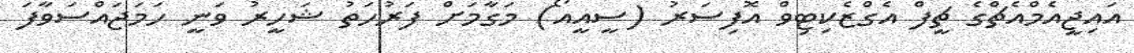
އައިޖީއެމްއެޗްގެ ޗީފް އެގްޒެކިޓިވް އޮފިސަރު (ސީއީއޯ) މަގާމަށް ފަރުހަތު ޝަހީރު ވަނީ ހަމަޖައްސަވާފަ